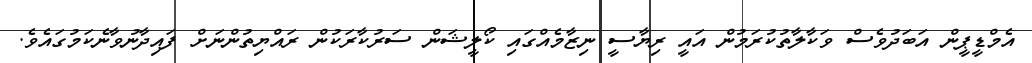
އެމްޑީޕީން އަބަދުވެސް ވަކާލާތުކުރަމުން އައީ ރިޔާސީ ނިޒާމެއްގައި ކޯލީޝަން ސަރުކާރަކުން ރައްޔިތުންނަށް ފައިދާނުވާނެކަމުގައެވެ.